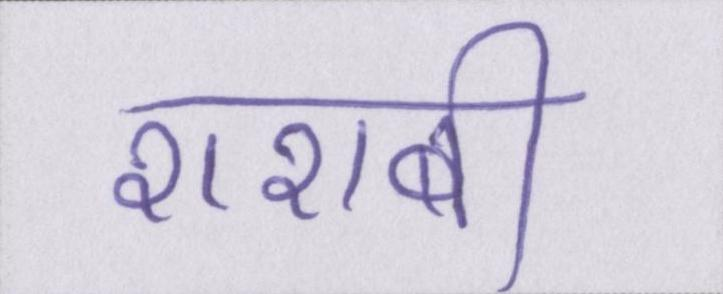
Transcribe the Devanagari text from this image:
शराबी